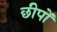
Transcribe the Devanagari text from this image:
छीपों